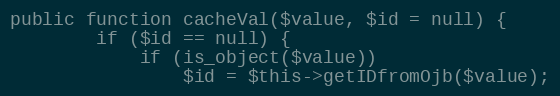
Language: PHP
public function cacheVal($value, $id = null) {
        if ($id == null) {
            if (is_object($value))
                $id = $this->getIDfromOjb($value);